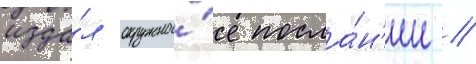
изда́л окружно́е посла́н'ие /